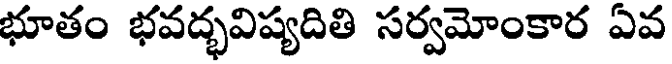
భూతం భవద్భవిష్యదితి సర్వమోంకార ఏవ